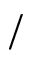
/